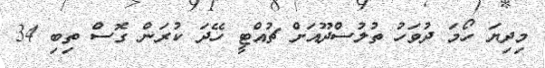
މިދިޔަ ހޯމަ ދުވަހު ތުލުސްދޫއަށް ޗުއްޓީ ހޭދަ ކުރަން ގޮސް ތިބި 34